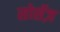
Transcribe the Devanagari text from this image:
सोर्सेज़